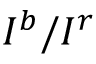
I ^ { b } / I ^ { r }